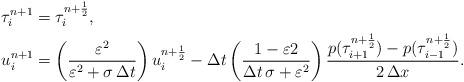
LaTeX: \begin{align*}&\tau_{i}^{n+1}=\tau_{i}^{n+\frac{1}{2}},\\& u_{i}^{n+1}=\left(\frac{\varepsilon^{2}}{\varepsilon^{2}+\sigma\,\Delta t}\right)u_{i}^{n+\frac{1}{2}}-\Delta t\left(\frac{1-\varepsilon2}{\Delta t\,\sigma+\varepsilon^{2}}\right)\frac{p(\tau_{i+1}^{n+\frac{1}{2}})-p(\tau_{i-1}^{n+\frac{1}{2}})}{2\,\Delta x}. \end{align*}